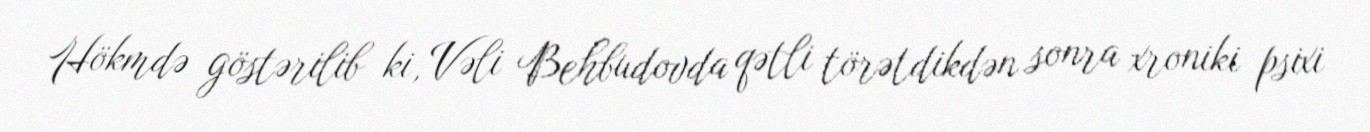
Hökmdə göstərilib ki, Vəli Behbudovda qətli törətdikdən sonra xroniki psixi